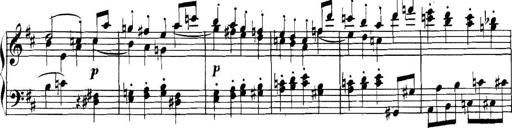
Title: Collected Piano Sonatas
Composer: Muzio Clementi